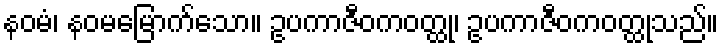
နဝမံ၊ နဝမမြောက်သော။ ဥပကာဇီဝကဝတ္ထု၊ ဥပကာဇီဝကဝတ္ထုသည်။